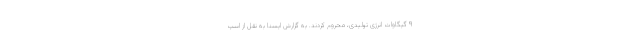
۹ گیگاوات انرژی تولیدی، محروم کردند. به گزارش ایسنا به نقل از اسپ